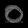
Digit: ၀